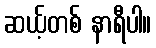
ဆယ့်တစ် နာရီပါ။